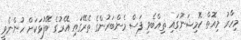
މިހާރު މިއޮތް ކޮމިޝަނުގައި ތިއްބެވި ފަސް މެންބަރުންގެ ތެރޭގައި އޭރުގެ ބޭފުޅަކަށް ހުންނެވީ